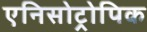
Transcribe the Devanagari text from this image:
एनिसोट्रोपिक